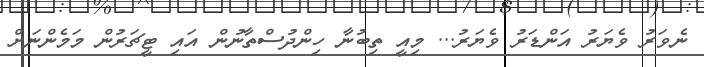
ނެވަރު ވެޔަރު އަންޑަރު ވެޔަރު... މިއީ ތިބުނާ ހިންދުސްތާނުން އައި ޓީޗަރުން މަމެންނަށް